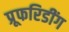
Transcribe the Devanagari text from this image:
प्रूफरिडींग